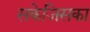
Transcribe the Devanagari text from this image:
सकेजिसका